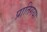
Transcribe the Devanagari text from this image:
प्रातिगया